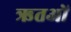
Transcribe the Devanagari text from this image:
ऋतओं